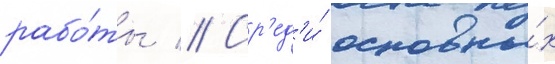
рабо́ты // Ср'ед'и́ основны́х